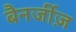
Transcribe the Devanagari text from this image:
बैनर्जीज़